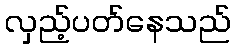
လှည့်ပတ်နေသည်